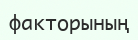
факторының